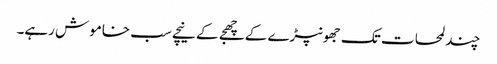
چند لمحات تک جھونپڑے کے چھجے کے نیچے سب خاموش رہے۔